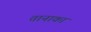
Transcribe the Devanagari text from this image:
तानाका